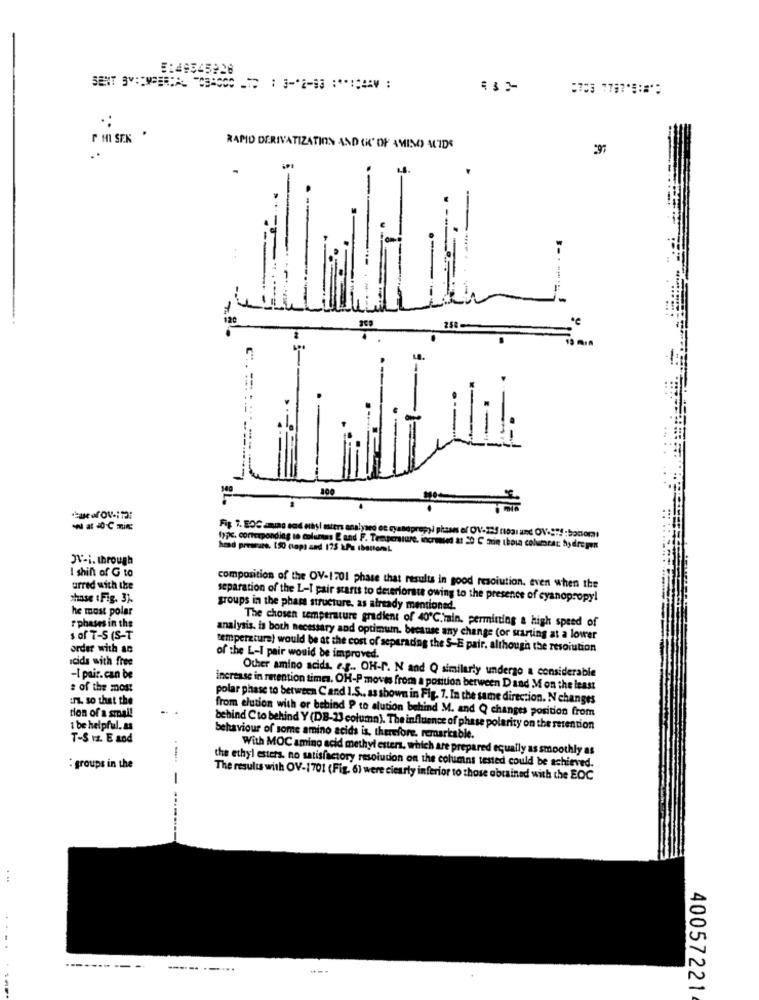
:
F MI SEK '
RAPID DERIVATIZATION AND OK OF AMINO ACIDS
100
topc, corresponding to colunas & and F. Temperatur
Fig 7. EOC amino acid mêsl maters analysed et ryanaprepi phases of OV'-225 noai and OV-S !! : bonomi
head presrate. 150 ctops and 175 kPa thattonL
F. Temperature, increased at 20 C zuin thola columest: hydrogen
JV-i. through
I shint of G to
urred with the
composition of the OV-1701 phase that results in good resolution, even when the
chase : Fig. 3).
separation of the L-I pair starts to deteriorate owing to the presence of cyanopropyl
he most polar
groups in the phase structure, as already mentioned.
The chosen temperature gradient of 40℃.main. permitting a high speed of
rphases in the
s of T-S (S-T
analysis, is both necessary and optimum. because any change (or starting at a lower
order with an
temperatura) would be at the cost of separading the S-E pair. although the resolution
acids with free
of the L-I pair would be improved.
-I pair.can be
Other amino acids, e.g .. OH-R. N and Q similarly undergo a considerable
: of the most
increase in retention times. OH-P moves from a position between Dand M on the least
in. so that the
polar phase to between Cand I.S ., as shown in Fig. 1. In the same direction. N changes
tion of a small
from elution with or behind P to alution behind M. and Q changes position from
: be helpful. as
behind Cto behind Y (DB-23 column). The influence of phase polarity on the retention
T-S ız. E and
behaviour of some amino acids is, therefore. remarkable.
With MOC amino acid methyl esters, which are prepared equally as smoothly as
: groups in the
the ethyl esters. no satisfactory resolution on the columns tested could be achieved.
-
The results with OV-1701 (Fig. 6) were ciearly inferior to those obtained with the EOC
------ ---..
40057221